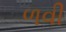
ળવી